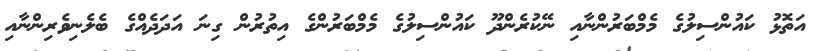
އަތޮޅު ކައުންސިލުގެ މެމްބަރުންނާއި ނޭކުރެންދޫ ކައުންސިލުގެ މެމްބަރުންގެ އިތުރުން ގިނަ އަދަދެއްގެ ބެލެނިވެރިންނާއި